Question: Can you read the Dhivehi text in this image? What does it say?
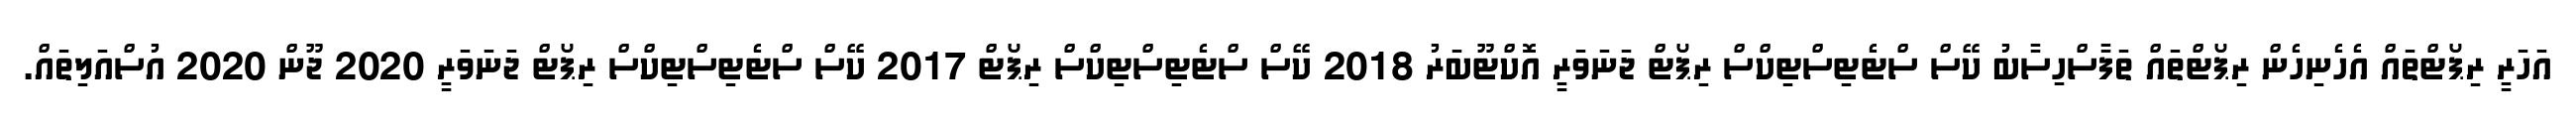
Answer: އަހަރީ ރިޕޯޓްތައް އެހެނިހެން ރިޕޯޓްތައް ތަފާސްހިސާބު ކޭސް ސްޓެޓިސްޓިކްސް ރިޕޯޓް ޖަނަވަރީ އޮކްޓޫބަރު 2018 ކޭސް ސްޓެޓިސްޓިކްސް ރިޕޯޓް 2017 ކޭސް ސްޓެޓިސްޓިކްސް ރިޕޯޓް ޖަނަވަރީ 2020 ޖޫން 2020 އުސްއަލިތައް.